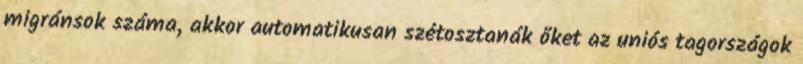
migránsok száma, akkor automatikusan szétosztanák őket az uniós tagországok